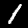
Label: 1